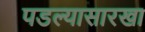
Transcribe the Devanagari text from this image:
पडल्यासारखा